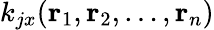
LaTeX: k_{jx}(\mathbf{r}_{1},\mathbf{r}_{2},\ldots,\mathbf{r}_{n})